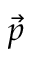
\vec { p }